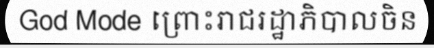
God Mode ព្រោះរាជរដ្ឋាភិបាលចិន